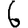
Digit: 6